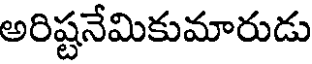
అరిష్టనేమికుమారుడు